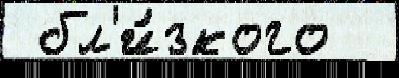
 бл'и́зкого